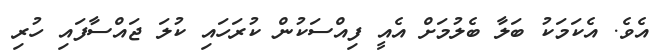
އެވެ. އެކަމަކު ބަލާ ބެލުމަށް އެއީ ފިއްސަކުން ކުރަހައި ކުލަ ޖައްސާފައި ހުރި